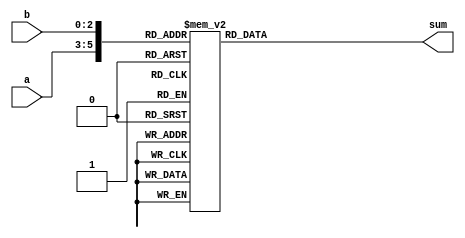
module sum_of_3bit_pair
(
	input [2:0] a,b,
	output reg [3:0] sum
);

always @(*) begin
    case ({a,b})
      6'd0: sum=4'd0;
      6'd1: sum=4'd1;
      6'd2: sum=4'd2;
      6'd3: sum=4'd3;
      6'd4: sum=4'd4;
      6'd5: sum=4'd5;
      6'd6: sum=4'd6;
      6'd7: sum=4'd7;
      6'd8: sum=4'd1;
      6'd9: sum=4'd2;
      6'd10: sum=4'd3;
      6'd11: sum=4'd4;
      6'd12: sum=4'd5;
      6'd13: sum=4'd6;
      6'd14: sum=4'd7;
      6'd15: sum=4'd8;
      6'd16: sum=4'd2;
      6'd17: sum=4'd3;
      6'd18: sum=4'd4;
      6'd19: sum=4'd5;
      6'd20: sum=4'd6;
      6'd21: sum=4'd7;
      6'd22: sum=4'd8;
      6'd23: sum=4'd9;
      6'd24: sum=4'd3;
      6'd25: sum=4'd4;
      6'd26: sum=4'd5;
      6'd27: sum=4'd6;
      6'd28: sum=4'd7;
      6'd29: sum=4'd8;
      6'd30: sum=4'd9;
      6'd31: sum=4'd10;
      6'd32: sum=4'd4;
      6'd33: sum=4'd5;
      6'd34: sum=4'd6;
      6'd35: sum=4'd7;
      6'd36: sum=4'd8;
      6'd37: sum=4'd9;
      6'd38: sum=4'd10;
      6'd39: sum=4'd11;
      6'd40: sum=4'd5;
      6'd41: sum=4'd6;
      6'd42: sum=4'd7;
      6'd43: sum=4'd8;
      6'd44: sum=4'd9;
      6'd45: sum=4'd10;
      6'd46: sum=4'd11;
      6'd47: sum=4'd12;
      6'd48: sum=4'd6;
      6'd49: sum=4'd7;
      6'd50: sum=4'd8;
      6'd51: sum=4'd9;
      6'd52: sum=4'd10;
      6'd53: sum=4'd11;
      6'd54: sum=4'd12;
      6'd55: sum=4'd13;
      6'd56: sum=4'd7;
      6'd57: sum=4'd8;
      6'd58: sum=4'd9;
      6'd59: sum=4'd10;
      6'd60: sum=4'd11;
      6'd61: sum=4'd12;
      6'd62: sum=4'd13;
      6'd63: sum=4'd14;
      default: sum=0;
    endcase
end

endmodule